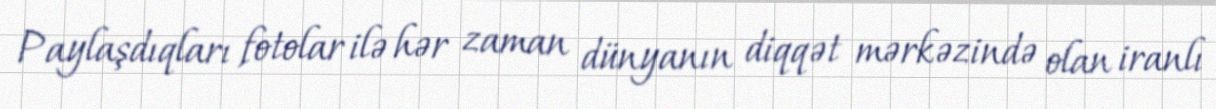
Paylaşdıqları fotolar ilə hər zaman dünyanın diqqət mərkəzində olan iranlı